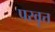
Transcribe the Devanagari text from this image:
परवृत्त